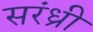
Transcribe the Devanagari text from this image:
सरंध्री